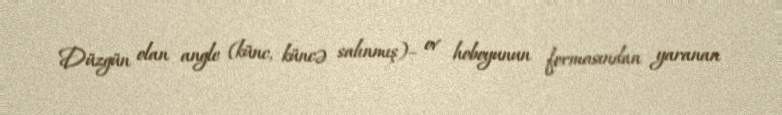
Düzgün olan angle (künc, küncə salınmış)– ov hoboyunun formasından yaranan